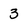
Character: 3